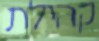
קהילת